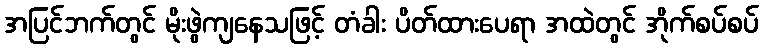
အပြင်ဘက်တွင် မိုးဖွဲကျနေသဖြင့် တံခါး ပိတ်ထားပေရာ အထဲတွင် အိုက်စပ်စပ်